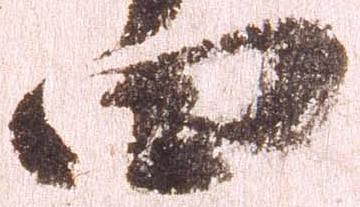
四